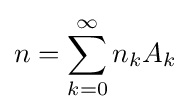
n=\sum _{k=0}^{\infty }n_{k}A_{k}